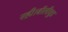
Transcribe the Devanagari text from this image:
रही।बॉलीवुड